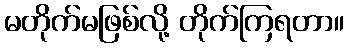
မတိုက်မဖြစ်လို့ တိုက်ကြရတာ။